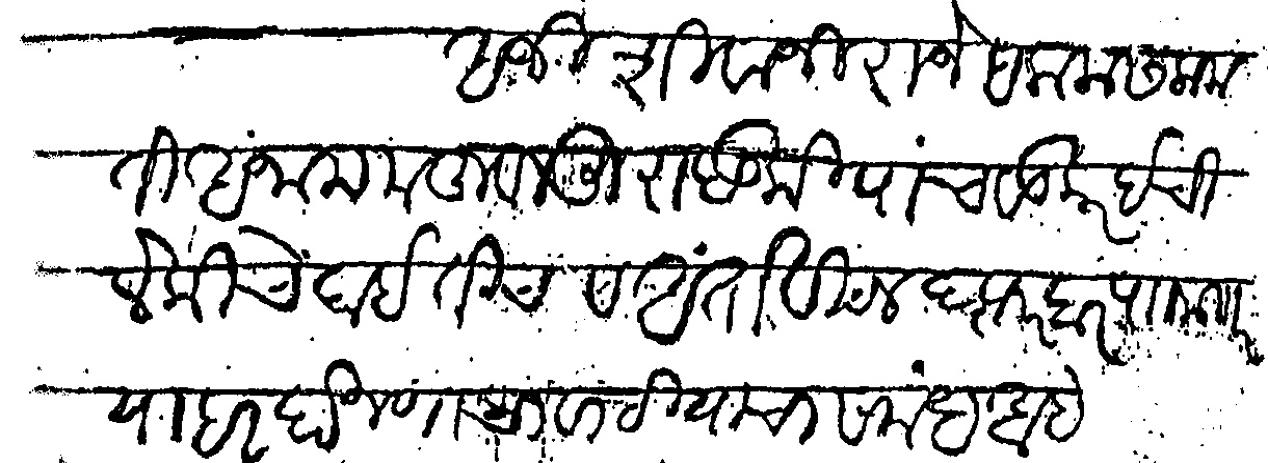
Transliteration (Devanagari): अजी शिवाजी राजे सलाम सलामती अनाम महुवल मुरादूकी पाचवडकर ईची लेकीचे बाई तीच व अंतो विठल दफ्तरदार पाा माार या हर दो जणाचा वाटीयाचा संबंध आहे